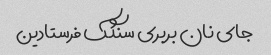
جای نان بربری سنگک فرستادین